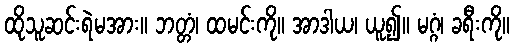
ထိုသူဆင်းရဲမအား။ ဘတ္တံ၊ ထမင်းကို။ အာဒါယ၊ ယူ၍။ မဂ္ဂံ၊ ခရီးကို။